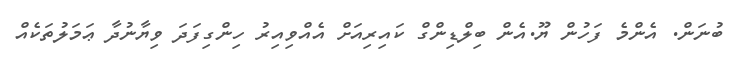
ބުނަން. އެންމެ ފަހުން ޔޫ.އެން ބިލްޑިންގް ކައިރިއަށް އެއްވިއިރު ހިންގިފަދަ ވިޔާނުދާ ޢަމަލުތަކެއް